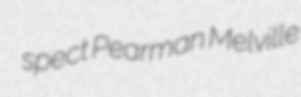
spect Pearman Melville